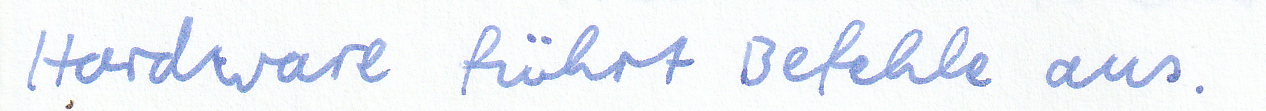
Hardware führt Befehle aus.